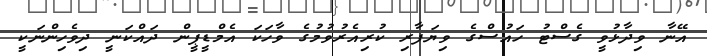
އޭނާ ވިދާޅުވީ ގެސްޓު ހައުސްގެ ވިޔަފާރި ކުރިއެރުވުމުގެ ވާހަކަ އެމްޑީޕީން ދައްކަނީ ދިވެހިންނަކީ